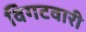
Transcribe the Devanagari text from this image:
विगटवारी